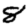
Digit: 8